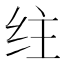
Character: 𰬇